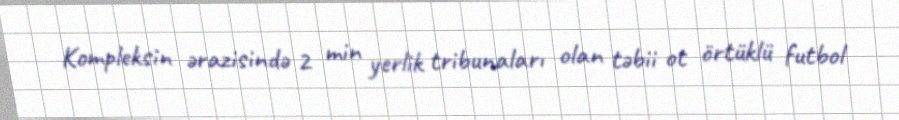
Kompleksin ərazisində 2 min yerlik tribunaları olan təbii ot örtüklü futbol